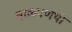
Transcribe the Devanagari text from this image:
बाळपणथी